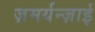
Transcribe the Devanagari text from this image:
ज़मर्यन्ज़ाई